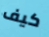
كيف